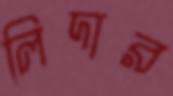
লিদার